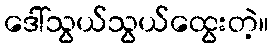
ဒေါ်သွယ်သွယ်ထွေးတဲ့။